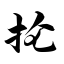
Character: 抡